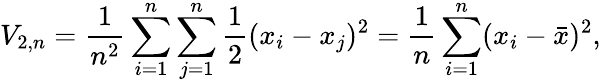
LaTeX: V_{2,n}={\frac{1}{n^{2}}}\sum_{i=1}^{n}\sum_{j=1}^{n}{\frac{1}{2}}(x_{i}-x_{j})^{2}={\frac{1}{n}}\sum_{i=1}^{n}(x_{i}-{\bar{x}})^{2},